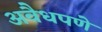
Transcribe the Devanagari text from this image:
अवैधपणे